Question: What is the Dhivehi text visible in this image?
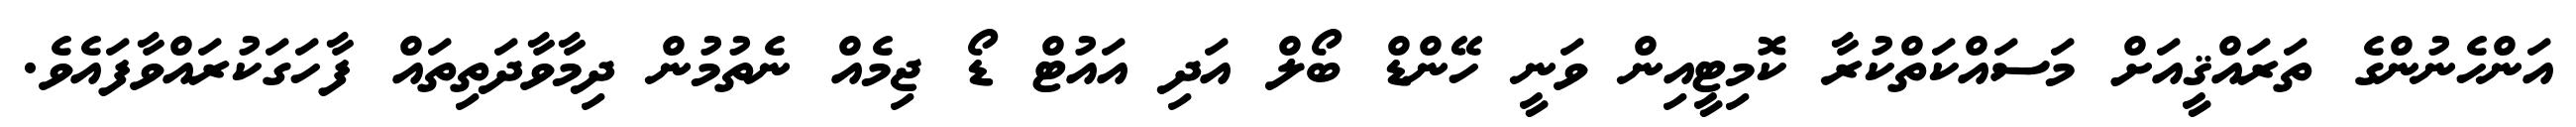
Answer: އަންހެނުންގެ ތަރައްޤީއަށް މަސައްކަތްކުރާ ކޮމިޓީއިން ވަނީ ހޭންޑް ބޯލް އަދި އައުޓް ޑޯ ޖިމެއް ނެތުމުން ދިމާވާދަތިތައް ފާހަގަކުރައްވާފައެވެ.